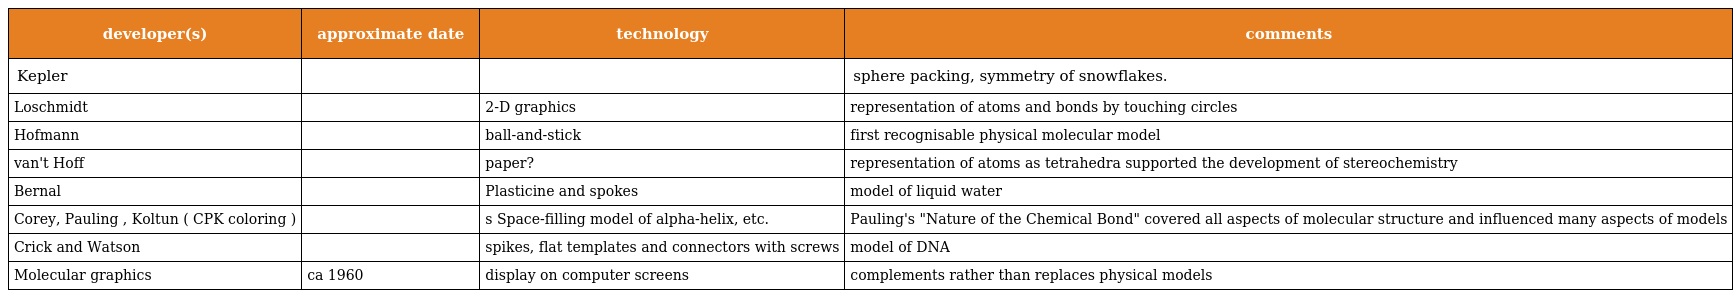
| developer(s) | approximate date | technology | comments |
 | --- | --- | --- | --- |
 | Kepler |  |  | sphere packing, symmetry of snowflakes. |
 | Loschmidt |  | 2-D graphics | representation of atoms and bonds by touching circles |
 | Hofmann |  | ball-and-stick | first recognisable physical molecular model |
 | van't Hoff |  | paper? | representation of atoms as tetrahedra supported the development of stereochemistry |
 | Bernal |  | Plasticine and spokes | model of liquid water |
 | Corey, Pauling , Koltun ( CPK coloring ) |  | s Space-filling model of alpha-helix, etc. | Pauling's "Nature of the Chemical Bond" covered all aspects of molecular structure and influenced many aspects of models |
 | Crick and Watson |  | spikes, flat templates and connectors with screws | model of DNA |
 | Molecular graphics | ca 1960 | display on computer screens | complements rather than replaces physical models |